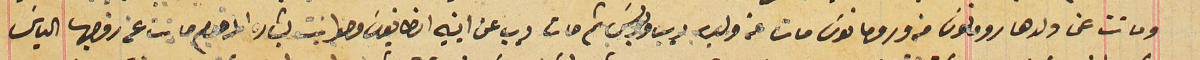
وماتت عن ولدها رومانوسَ منه ورومانوسَ مات عن ولده ديب وبولسَ ثم مات ديب عن ابنيه انطانيوسَ وحوا بنت بشاره المرحوم ماتت عن زوجها الياسَ